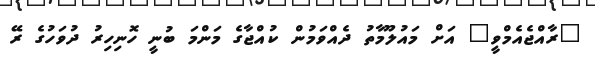
"ރާއްޖެއެމްވީ" އަށް މައުލޫމާތު ދެއްވަމުން ކުއްޖާގެ މަންމަ ބުނީ ހޮނިހިރު ދުވަހުގެ ރޭ